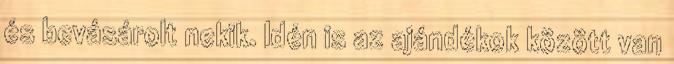
és bevásárolt nekik. Idén is az ajándékok között van